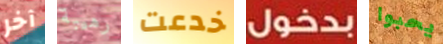
آخر رهيبة خدعت بدخول يحبوا